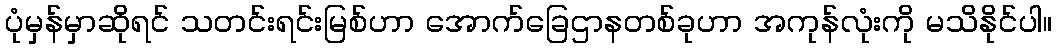
ပုံမှန်မှာဆိုရင် သတင်းရင်းမြစ်ဟာ အောက်ခြေဌာနတစ်ခုဟာ အကုန်လုံးကို မသိနိုင်ပါ။